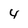
Character: 4